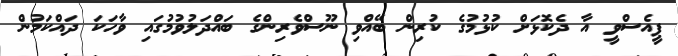
ޕީއެސްވީ އާ ދެކޮޅަށް ކުޅުމުގެ ކުރިން ބޭއްވި ނޫސްވެރިންގެ ބައްދަލުވުމުގައި ވާހަކަ ދައްކަމުން